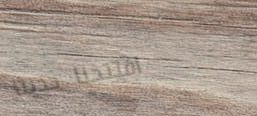
افتتحنا حديثاً